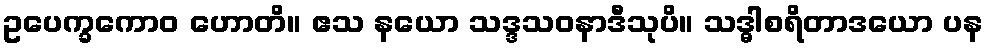
ဥပေက္ခကောဝ ဟောတိ။ ဧသ နယော သဒ္ဒသဝနာဒီသုပိ။ သဒ္ဓါစရိတာဒယော ပန